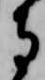
寺